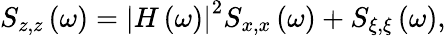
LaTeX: S_{z,z}\left(\omega\right)=\left|H\left(\omega\right)\right|^{2}S_{x,x}\left(\omega\right)+S_{\xi,\xi}\left(\omega\right),